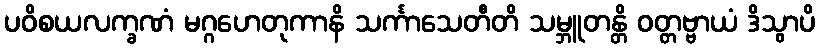
ပဝိစယလက္ခဏံ မဂ္ဂဟေတုကာနိ သင်္ကာသေတီတိ သမ္ဘူတန္တိ ဝတ္တဗ္ဗာယံ ဒိသွာပိ